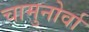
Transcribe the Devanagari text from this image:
चामुनोर्वा